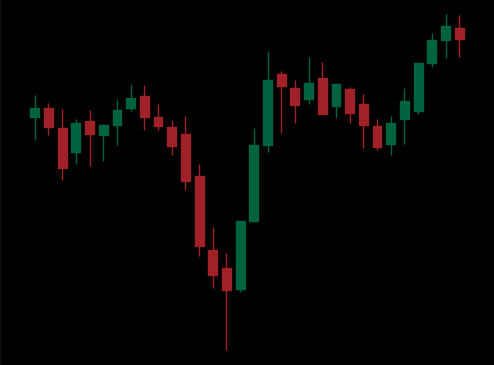
Pattern: inverse_head_shoulders